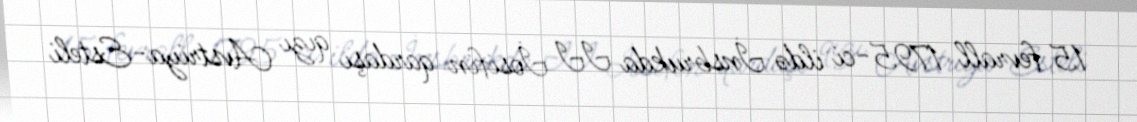
15 fevrall 1795-ci ildə İnsbrukda II İosifin qardaşı qızı Avstriya-Esteli